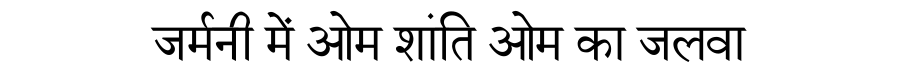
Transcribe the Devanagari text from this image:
जर्मनी में ओम शांति ओम का जलवा